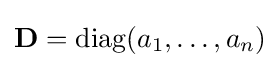
\mathbf {D} =\operatorname {diag} (a_{1},\dots ,a_{n})